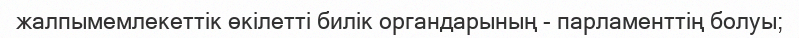
жалпымемлекеттік өкілетті билік органдарының - парламенттің болуы;